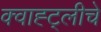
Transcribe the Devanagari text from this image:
क्वाह्ट्लीचे